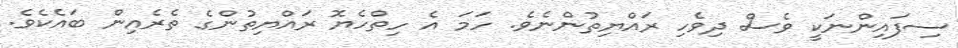
ސިފައިންނަކީ ވެސް ދިވެހި ރައްޔިތުންނެވެ. ހަމަ އެ ހިތްހެޔޮ ރައްޔިތުންގެ ތެރެއިން ބައެކެވެ.